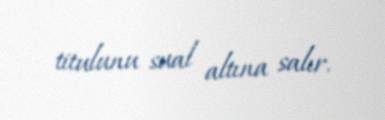
titulunu sual altına salır.